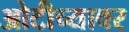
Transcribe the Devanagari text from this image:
ओटीच्यावर